Vaccination in Bombay 1874-1876 - 1874-1876
Year: 1874
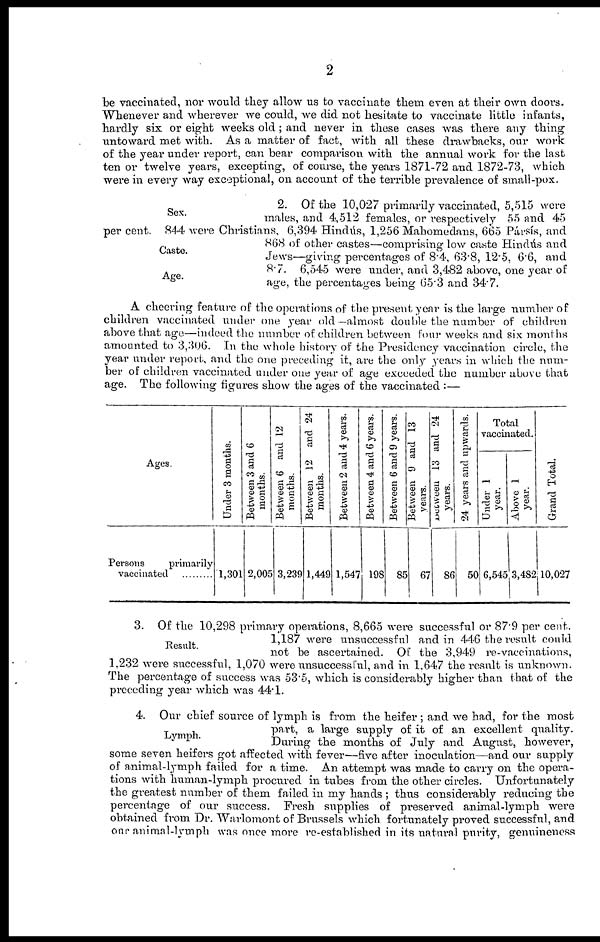
2
be vaccinated, nor would they allow us to vaccinate them even at their own doors.
Whenever and wherever we could, we did not hesitate to vaccinate little infants,
hardly six or eight weeks old ; and never in these cases was there any thing
untoward met with. As a matter of fact, with all these drawbacks, our work
of the year under report, can bear comparison with the annual work for the last
ten or twelve years, excepting, of course, the years 1871-72 and 1872-73, which
were in every way exceptional, on account of the terrible prevalence of small-pox.
Sex.
Caste.
Age.
2. Of the 10,027 primarily vaccinated, 5,515 were
males, and 4,512 females, or respectively 55 and 45
per cent. 844 were Christians, 6,394 Hindús, 1,256 Mahomedans, 665 Pársís, and
868 of other castes—comprising low caste Hindús and
Jews—giving percentages of 8.4, 63.8, 12.5, 6.6 and
87. 6,545 were under, and 3,482 above, one year of
age, the percentages being 65.3 and 34.7.
A cheering feature of the operations of the present year is the large number of
children vaccinated under one year old-almost double the number of children
above that age—indeed the number of children between four weeks and six months
amounted to 3,306. In the whole history of the Presidency vaccination circle, the
year under report, and the one preceding it, are the only years in which the num-
ber of children vaccinated under one year of age exceeded the number above that
age. The following figures show the ages of the vaccinated :—
Ages.
Persons
primarily
vaccinated
Under 3 months.
1,301
Between 3 and 6
months.
2,005
Between 6 and 12
months.
3,239
Between 12 and 24
months.
1,449
Between 2 and 4 years.
1,547
Between 4 and 6 years.
198
Between 6 and 9 years.
85
Between 9 and 13
years.
67
Between
13 and 24
years.
86
24 years and upwards.
50
Total
vaccinated.
Under 1
year.
6,545
Above 1
year.
3,482
Grand Total.
10,027
Result.
3. Of the 10,298 primary operations, 8,665 were successful or 87.9 per cent.
1,187 were unsuccessful and in 446 the result could
not be ascertained. Of the 3,949 re-vaccinations,
1,232 were successful, 1,070 were unsuccessful, and in 1.647 the result is unknown.
The percentage of success was 53.5, which is considerably higher than that of the
preceding year which was 44.1.
Lymph.
4. Our chief source of lymph is from the heifer ; and we had, for the most
part, a large supply of it of an excellent quality.
During the months of July and August, however,
some seven heifers got affected with fever—five after inoculation—and our supply
of animal-lymph failed for a time. An attempt was made to carry on the opera-
tions with human-lymph procured in tubes from the other circles. Unfortunately
the greatest number of them failed in my hands ; thus considerably reducing the
percentage of our success. Fresh supplies of preserved animal-lymph were
obtained from Dr. Warlomont of Brussels which fortunately proved successful, and
our animal-lymph was once more re-established in its natural purity, genuineness